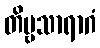
တိဗ္ဗသာရာဂံ